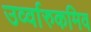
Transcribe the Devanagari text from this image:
उर्व्वारुकमिव